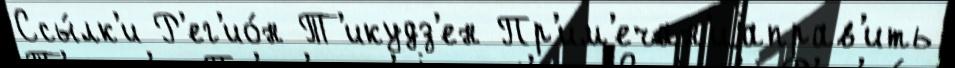
Ссы́лк'и Р'ег'ио́н Т'икудз'ен Пр'им'ечан'иjаправ'ить